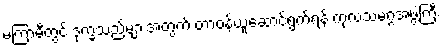
မကြာမီတွင် ဒုက္ခသည်များအတွက် တာဝန်ယူဆောင်ရွက်ရန် ကုလသမဂ္ဂအဖွဲ့ကြီး